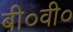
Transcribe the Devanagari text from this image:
बी०वी०